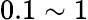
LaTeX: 0.1\sim 1